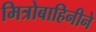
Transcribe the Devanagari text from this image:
मित्रोबाहिनीने